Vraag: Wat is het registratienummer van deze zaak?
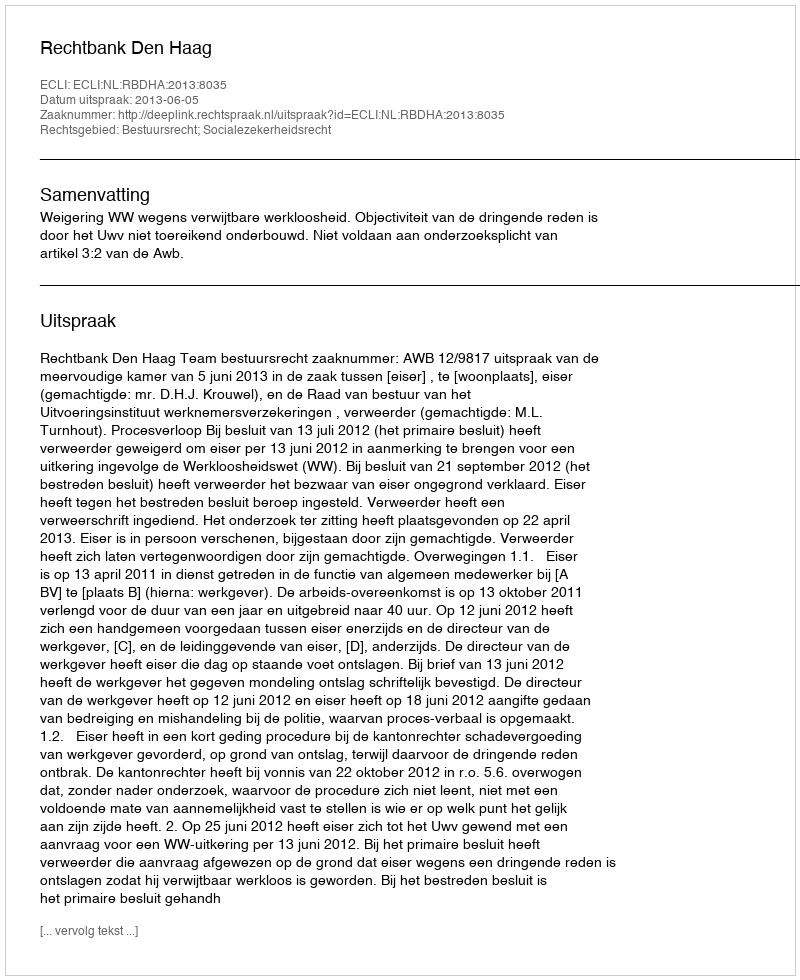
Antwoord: http://deeplink.rechtspraak.nl/uitspraak?id=ECLI:NL:RBDHA:2013:8035